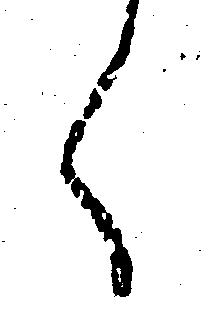
く